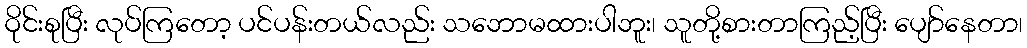
ဝိုင်းစုပြီး လုပ်ကြတော့ ပင်ပန်းတယ်လည်း သဘောမထားပါဘူး၊ သူတို့စားတာကြည့်ပြီး ပျော်နေတာ၊